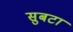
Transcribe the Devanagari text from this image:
सुबटा